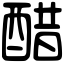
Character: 醋